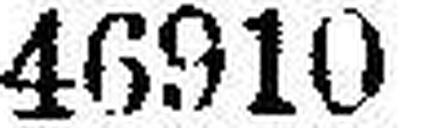
46910